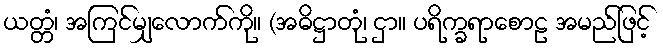
ယတ္တံ၊ အကြင်မျှလောက်ကို။ (အဓိဋ္ဌာတုံ၊ ငှာ။ ပရိက္ခရာစောဠ အမည်ဖြင့်